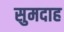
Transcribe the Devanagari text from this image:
सुमदाह